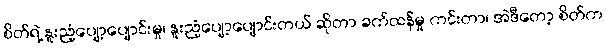
စိတ်ရဲ့ နူးညံ့ပျော့ပျောင်းမှု၊ နူးညံ့ပျော့ပျောင်းတယ် ဆိုတာ ခက်ထန်မှု ကင်းတာ၊ အဲဒီတော့ စိတ်က